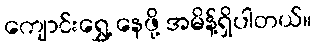
ကျောင်းရွှေ့ နေဖို့ အမိန့်ရှိပါတယ်။